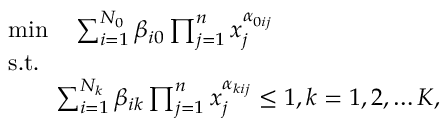
\begin{array} { r l } & { \operatorname* { m i n } \quad \sum _ { i = 1 } ^ { N _ { 0 } } \beta _ { i 0 } \prod _ { j = 1 } ^ { n } x _ { j } ^ { \alpha _ { 0 i j } } } \\ & { \mathrm { s . t . } } \\ & { \qquad \sum _ { i = 1 } ^ { N _ { k } } \beta _ { i k } \prod _ { j = 1 } ^ { n } x _ { j } ^ { \alpha _ { k i j } } \leq 1 , k = 1 , 2 , \ldots K , } \end{array}